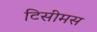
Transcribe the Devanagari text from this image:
टिसीमस